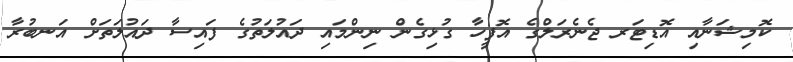
ކޮމިޝަނާއި އޮޑިޓަރ ޖެނެރަލްގެ އޮފީހާ ގުޅިގެން ނިންމައި ދައުލަތުގެ ފައިސާ ދައުލަތަށް އަނބުރާ